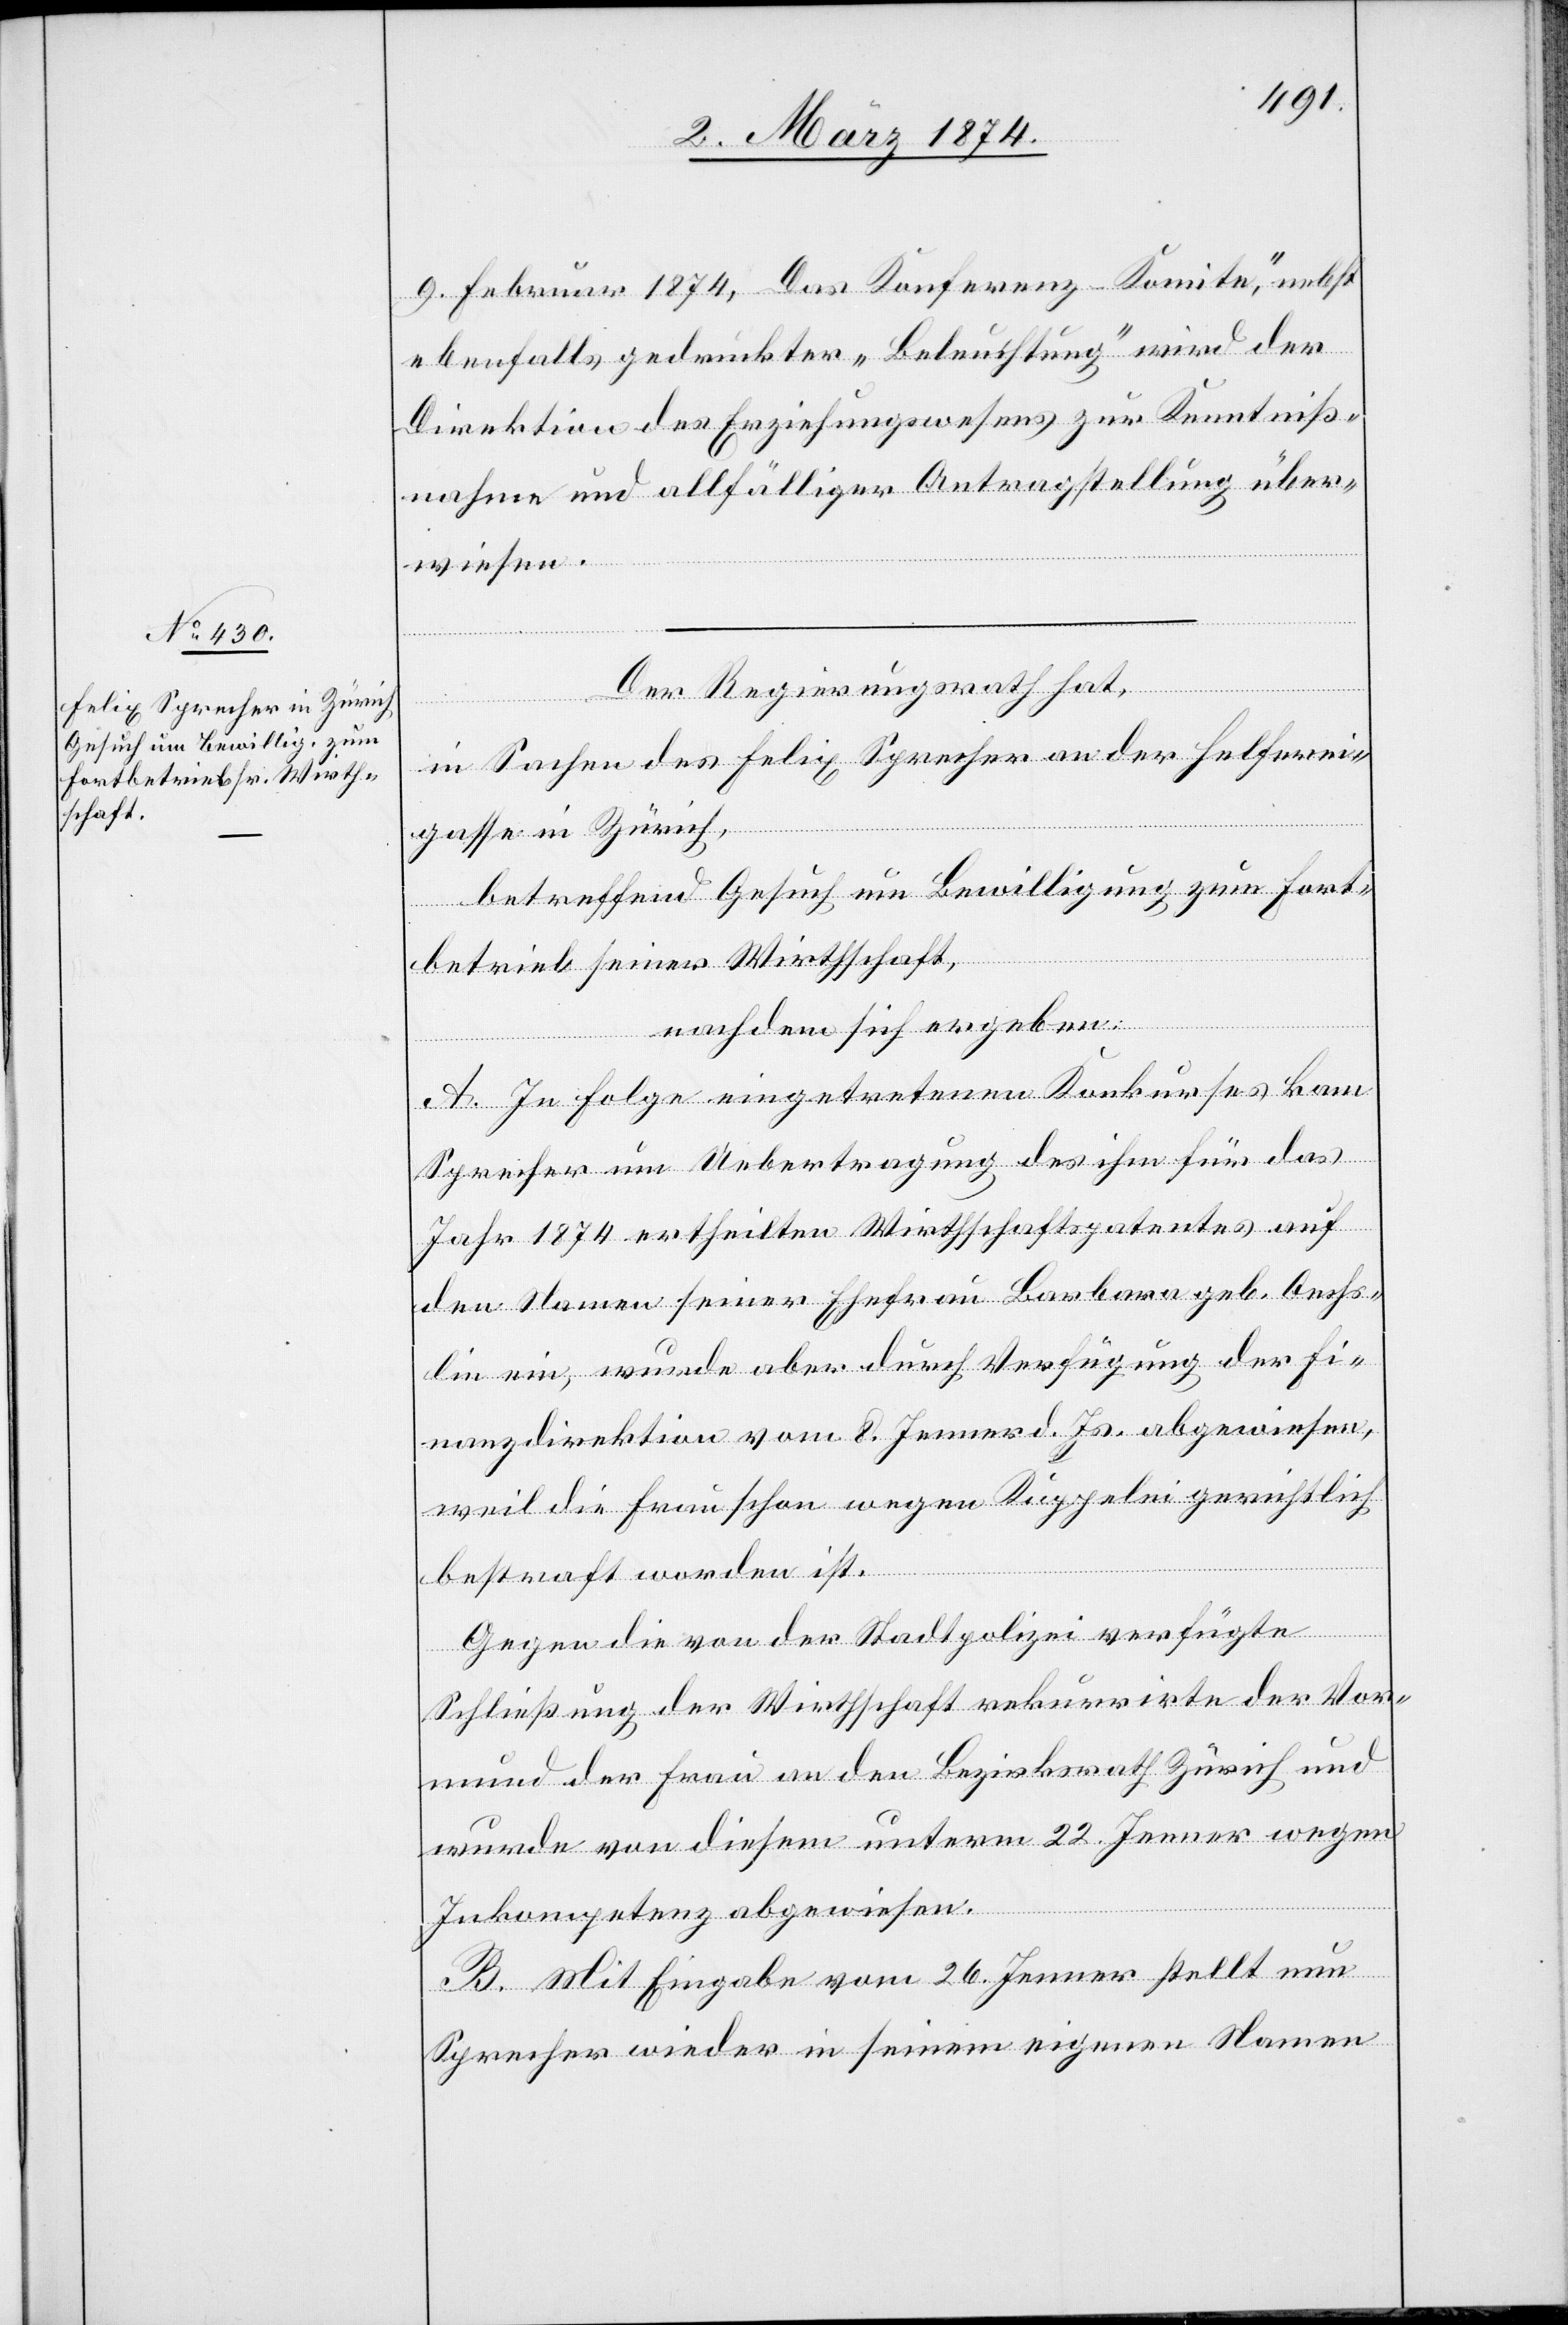
9. Februar 1874, Das Konferenz-Komitee,“ nebst
ebenfalls gedruckter „Beleuchtung“ wird der
Direktion des Erziehungswesens zur Kenntniß¬
nahme und allfälliger Antragstellung über¬
wiesen.
Der Regierungsrath hat,
in Sachen des Felix Sprecher an der Helferei¬
gasse in Zürich,
betreffend Gesuch um Bewilligung zum Fort¬
betrieb seiner Wirtschaft,
nachdem sich ergeben:
A. In Folge eingetretenen Konkurses kam
Sprecher um Uebertragung des ihm für das
Jahr 1874 ertheilten Wirtschaftspatentes auf
den Namen seiner Ehefrau Barbara geb. Oechs¬
lin ein, wurde aber durch Verfügung der Fi¬
nanzdirektion vom 8. Jenner d. Js. abgewiesen,
weil die Frau schon wegen Kuppelei gerichtlich
bestraft worden ist.
Gegen die von der Stadtpolizei verfügte
Schließung der Wirthschaft rekurrirte der Vor¬
mund der Frau an den Bezirksrath Zürich und
wurde von diesem unterm 22. Jenner wegen
Inkompetenz abgewiesen.
B. Mit Eingabe vom 26. Jenner stellt nun
Sprecher wieder in seinem eigenen Namen